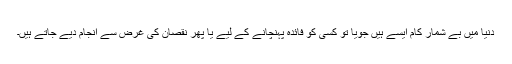
دنیا میں بے شمار کام ایسے ہیں جویا تو کسی کو فائدہ پہنچانے کے لیے یا پھر نقصان کی غرض سے انجام دیے جاتے ہیں۔